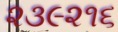
૨૩૯૨૧૬